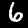
Label: 6